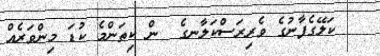
ކަލޭގެފާނުގެ ވެރިރަސްކަލާނގެ  ން ކިތަންމެ ކުޑަ މިންވަރެއް